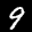
Label: 9